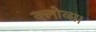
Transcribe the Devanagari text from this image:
क्लोव्स।